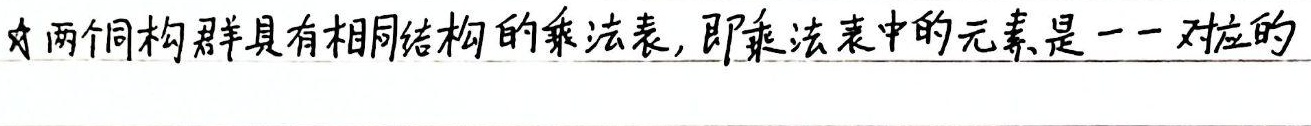
两个同构群具有相同结构的乘法表，即乘法表中的元素是一一对应的。